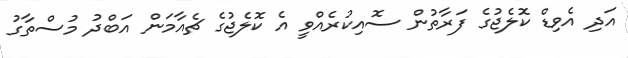
އަދި އެވިޑް ކޮލެޖުގެ ފަރާތުން ސޮއިކުރެއްވީ އެ ކޮލެޖުގެ ޗެއާމަން އަބްދު މުސްތާގު